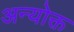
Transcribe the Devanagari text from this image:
अन्योक्त